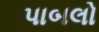
પાબલો